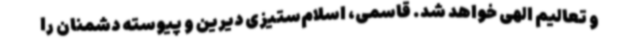
و تعالیم الهی خواهد شد. قاسمی، اسلام‌ستیزی دیرین و پیوسته دشمنان را